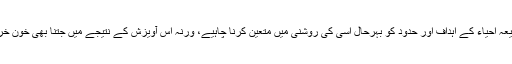
شیعہ قیادت کو جوش فراواں میں اس بنیادی نفسیاتی حقیقت کو نظر انداز نہیں کرنا چاہیے اور شیعہ احیاء کے اہداف اور حدود کو بہرحال اسی کی روشنی میں متعین کرنا چاہیے، ورنہ اس آویزش کے نتیجے میں جتنا بھی خون خرابہ ہوگا، اس کی ذمہ داری سو فی صد نہ سہی، بہت بڑی حد تک شیعہ قیادت پر ہی عائد ہوگی۔